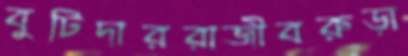
বুটিদাররাজীবরুড়া